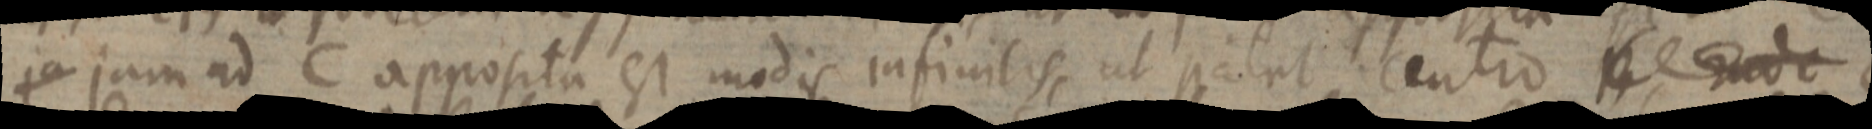
ja jam ad C apposita est modis infinitis, ut patet centro _